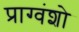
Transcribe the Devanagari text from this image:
प्राग्वंशो